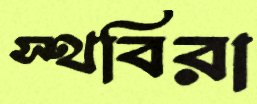
স্থবিরা